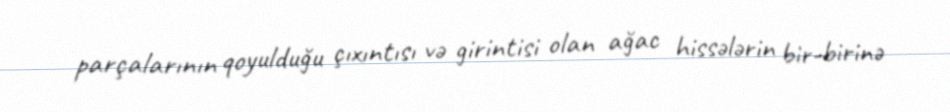
parçalarının qoyulduğu çıxıntısı və girintisi olan ağac hissələrin bir-birinə